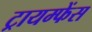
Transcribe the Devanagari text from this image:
ट्रायम्फेंस